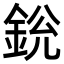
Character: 𨦣